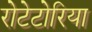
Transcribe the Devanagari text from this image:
रोटेटोरिया